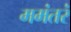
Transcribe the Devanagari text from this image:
ममंतरं